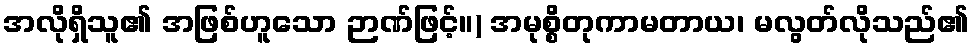
အလိုရှိသူ၏ အဖြစ်ဟူသော ဉာဏ်ဖြင့်။) အမုစ္စိတုကာမတာယ၊ မလွတ်လိုသည်၏